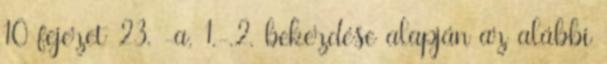
10 fejezet 23. -a, 1.-.2. bekezdése alapján az alábbi